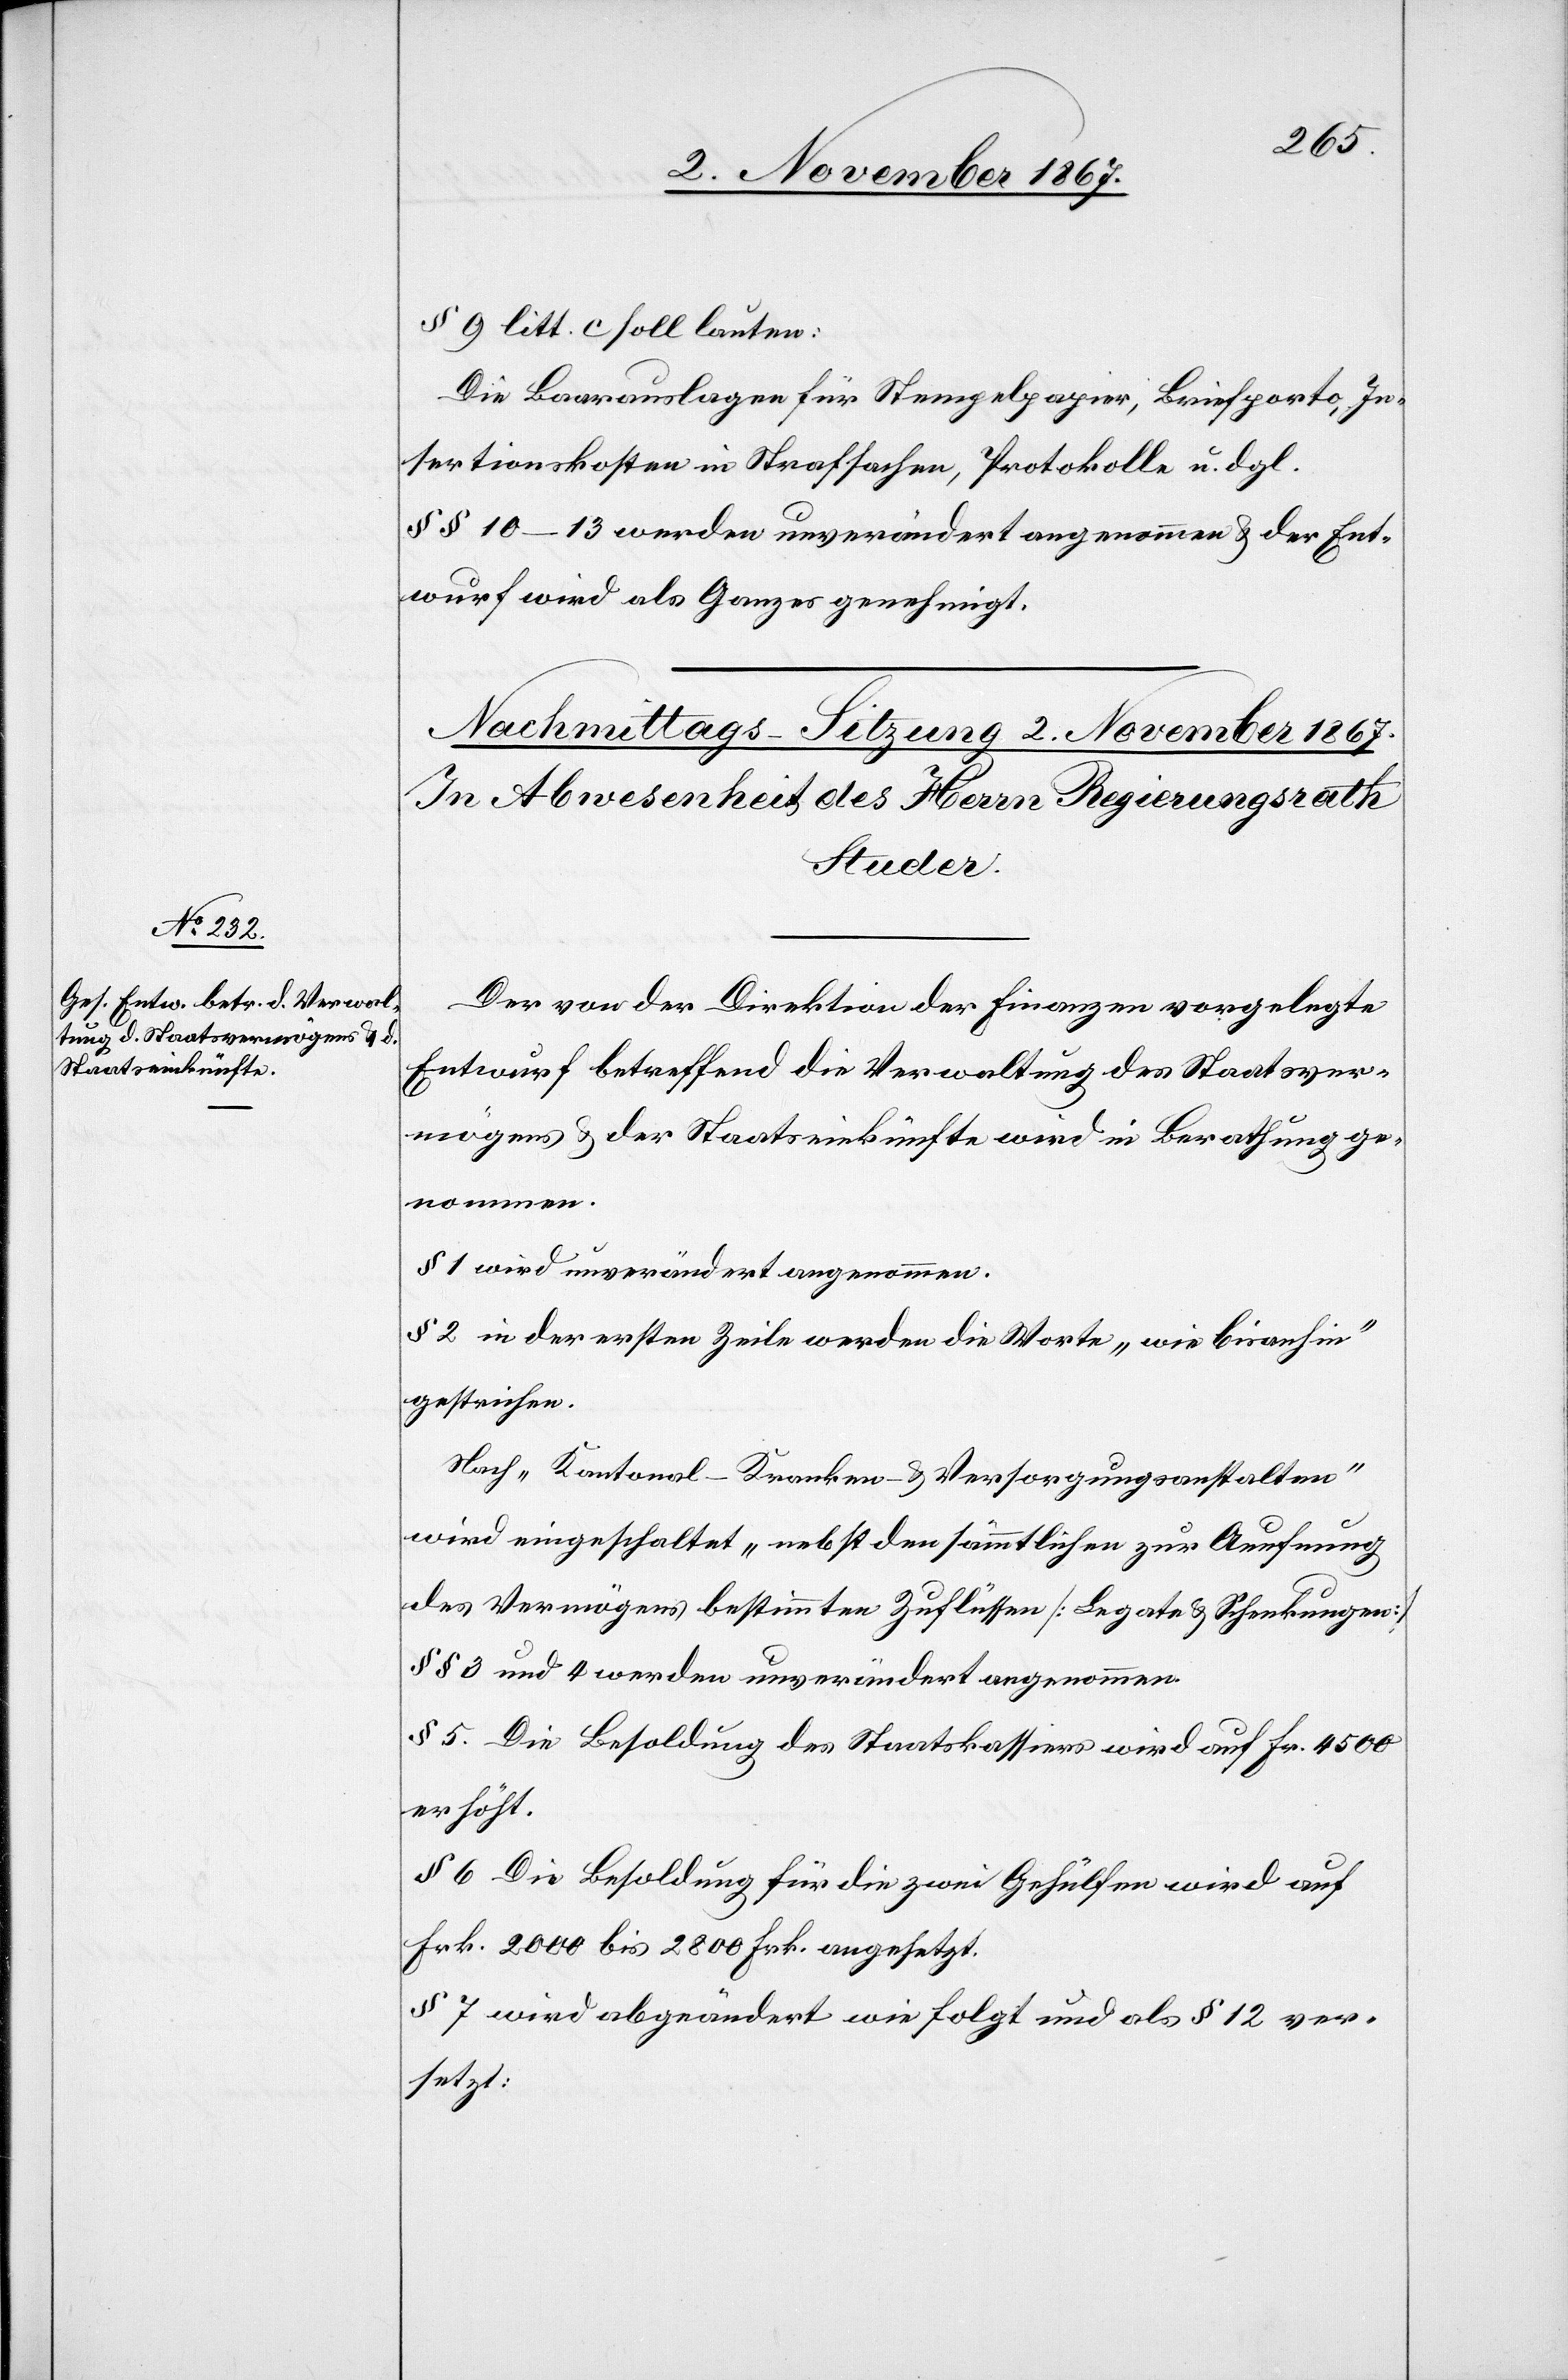
§ 9 litt. c soll lauten:
Die Baarauslagen für Stempelpapier, Briefporto, In¬
sertionskosten in Strafsachen, Protokolle u. dgl.
§§ 10–13 werden unverändert angenommen u. der Ent¬
wurf wird als Ganzes genehmigt.
Der von der Direktion der Finanzen vorgelegte
Entwurf betreffend die Verwaltung des Staatsver¬
mögens u. der Staatseinkünfte wird in Berathung ge¬
nommen.
§ 1 wird unverändert angenommen.
§ 2 in der ersten Zeile werden die Worte „wie bisanhin“
gestrichen.
Nach „Kantonal-Kranken- u. Versorgungsanstalten“
wird eingeschaltet: „nebst den sämmtlichen zur Aeufnung
des Vermögens bestimmten Zuflüssen [Legate u. Schenkungen]“
§ § 3 und 4 werden unverändert angenommen.
§ 5 Die Besoldung des Staatskassiers wird auf Fr. 4500
erhöht.
§ 6 Die Besoldung für die zwei Gehülfen wird auf
Frk. 2000 bis 2800 Frk. angesetzt.
§ 7 wird abgeändert wie folgt und als § 12 ver¬
setzt: